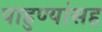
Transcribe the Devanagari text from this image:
पाहुण्यांसह